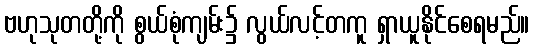
ဗဟုသုတတို့ကို စွယ်စုံကျမ်း၌ လွယ်လင့်တကူ ရှာယူနိုင်စေရမည်။